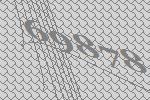
69878